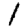
Digit: 1